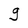
Character: g